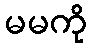
မမကို